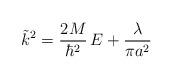
LaTeX: \begin{align*}\tilde{k}^2= \frac{2M}{\hbar^{2}} \, E+\frac{\lambda}{\pi a^2} \; \end{align*}